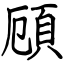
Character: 頋